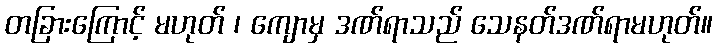
တခြားကြောင့် မဟုတ် ၊ ကျောမှ ဒဏ်ရာသည် သေနတ်ဒဏ်ရာမဟုတ်။